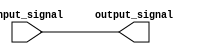
module ECL_buffer (
    input input_signal,
    output output_signal
);

reg input_signal_buffered;

assign input_signal_buffered = input_signal; // Impedance matching and isolating input signal

assign output_signal = input_signal_buffered; // Output buffered signal

endmodule